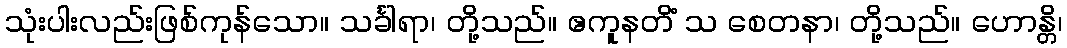
သုံးပါးလည်းဖြစ်ကုန်သော။ သင်္ခါရာ၊ တို့သည်။ ဧကူနတိံ သ စေတနာ၊ တို့သည်။ ဟောန္တိ၊